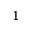
1